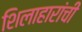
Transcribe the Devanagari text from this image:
शिलाहारांची